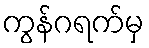
ကွန်ဂရက်မှ